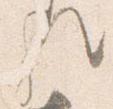
歟